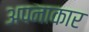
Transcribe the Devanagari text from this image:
अपनाकार